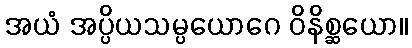
အယံ အပ္ပိယသမ္ပယောဂေ ဝိနိစ္ဆယော။